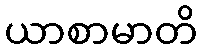
ယာစာမာတိ